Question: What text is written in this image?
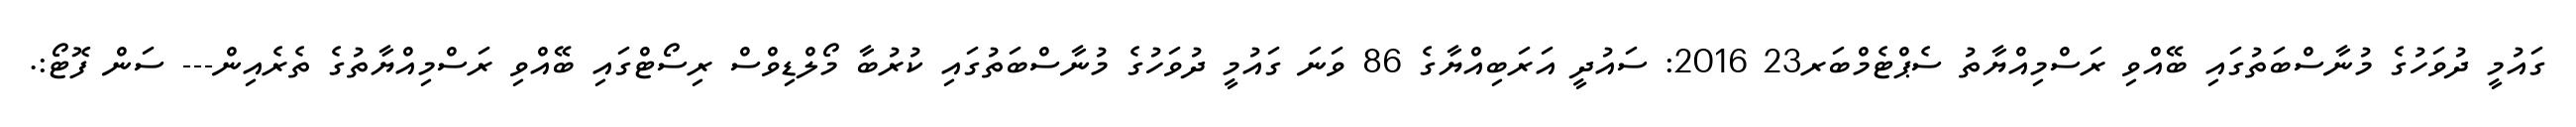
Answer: ގައުމީ ދުވަހުގެ މުނާސްބަތުގައި ބޭއްވި ރަސްމިއްޔާތު ސެޕްޓެމްބަރ23 2016: ސައުދީ އަރަބިއްޔާގެ 86 ވަނަ ގައުމީ ދުވަހުގެ މުނާސްބަތުގައި ކުރުބާ މޯލްޑިވްސް ރިސޯޓްގައި ބޭއްވި ރަސްމިއްޔާތުގެ ތެރެއިން--- ސަން ފޮޓޯ:.